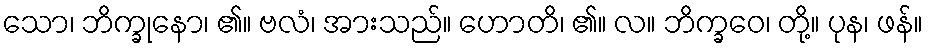
သော၊ ဘိက္ခုနော၊ ၏။ ဗလံ၊ အားသည်။ ဟောတိ၊ ၏။ လ။ ဘိက္ခဝေ၊ တို့။ ပုန၊ ဖန်။